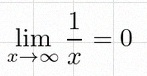
\lim_{x\to\infty}\frac{1}{x}=0